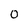
Character: 0